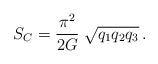
LaTeX: \begin{align*}S_C = \frac{\pi^2}{2G} \; \sqrt{q_1q_2q_3}\,.\end{align*}